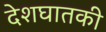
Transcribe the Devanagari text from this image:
देशघातकी